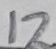
Text: 12